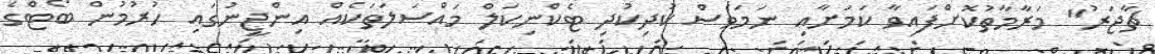
ޗާޖަރު" މަރާމާތުކޮށްފައިވާ ކަމަށާއި ނަމަވެސް ކުދިކުދި ޓެކްނިކަލް މައްސަލަތަކެއް އިންޖީނުގައި ހުރުމުން ބޯޓްގެ